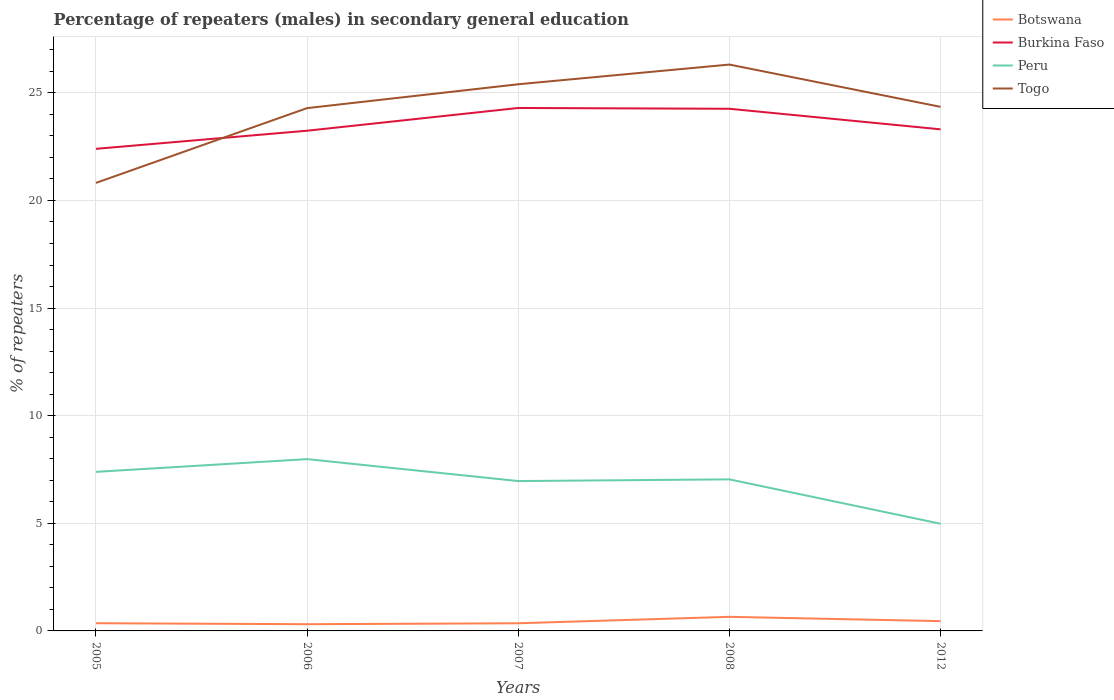
| Years | Botswana | Burkina Faso | Peru | Togo |
 | --- | --- | --- | --- | --- |
 | 2005 | 0.358 | 22.4 | 7.39 | 20.8 |
 | 2006 | 0.312 | 23.2 | 7.98 | 24.3 |
 | 2007 | 0.356 | 24.3 | 6.96 | 25.4 |
 | 2008 | 0.655 | 24.3 | 7.04 | 26.3 |
 | 2012 | 0.454 | 23.3 | 4.98 | 24.3 |